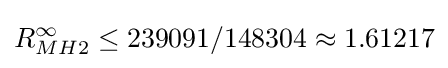
R_{MH2}^{\infty }\leq 239091/148304\approx 1.61217